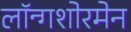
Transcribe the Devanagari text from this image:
लॉन्गशोरमेन